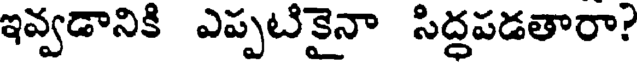
ఇవ్వడానికి ఎప్పటికైనా సిద్ధపడతారా?